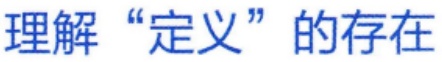
理解“定义”的存在